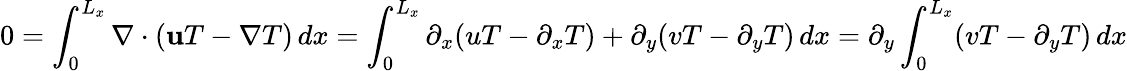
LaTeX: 0=\int_{0}^{L_{x}}\nabla\cdot(\mathbf{u}T-\nabla T)\, dx=\int_{0}^{L_{x}}\partial_{x}(uT-\partial_{x}T)+\partial_{y}(vT-\partial_{y}T)\, dx=\partial_{y}\int_{0}^{L_{x}}(vT-\partial_{y}T)\, dx